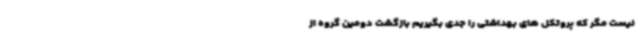
نیست مگر که پروتکل های بهداشتی را جدی بگیریم بازگشت دومین گروه از